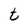
Character: t